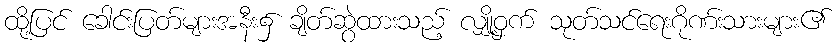
ထို့ပြင် ခေါင်းပြတ်များအနီး၌ ချိတ်ဆွဲထားသည့် လျှို့ဝှက် သုတ်သင်ရေးဂိုဏ်းသားများ၏